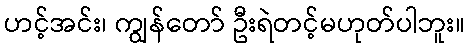
ဟင့်အင်း၊ ကျွန်တော် ဦးရဲတင့်မဟုတ်ပါဘူး။